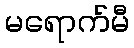
မရောက်မီ